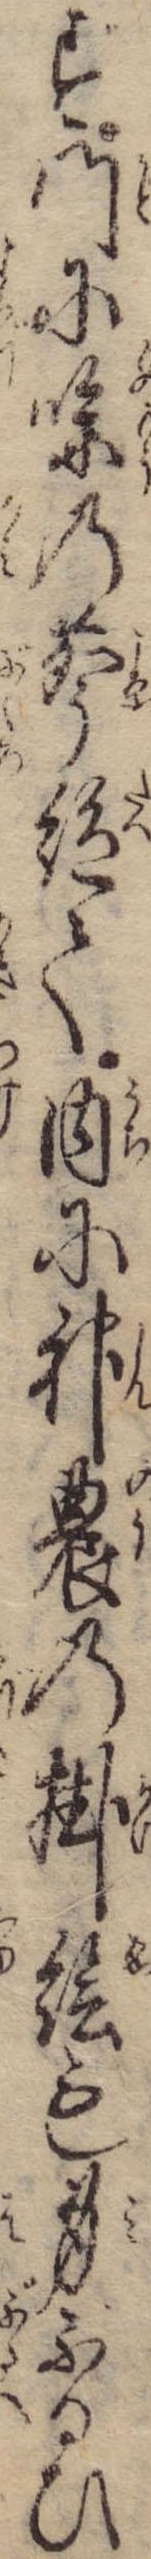
ず門にの声絶て内に神農の掛絵も身ぶるひ